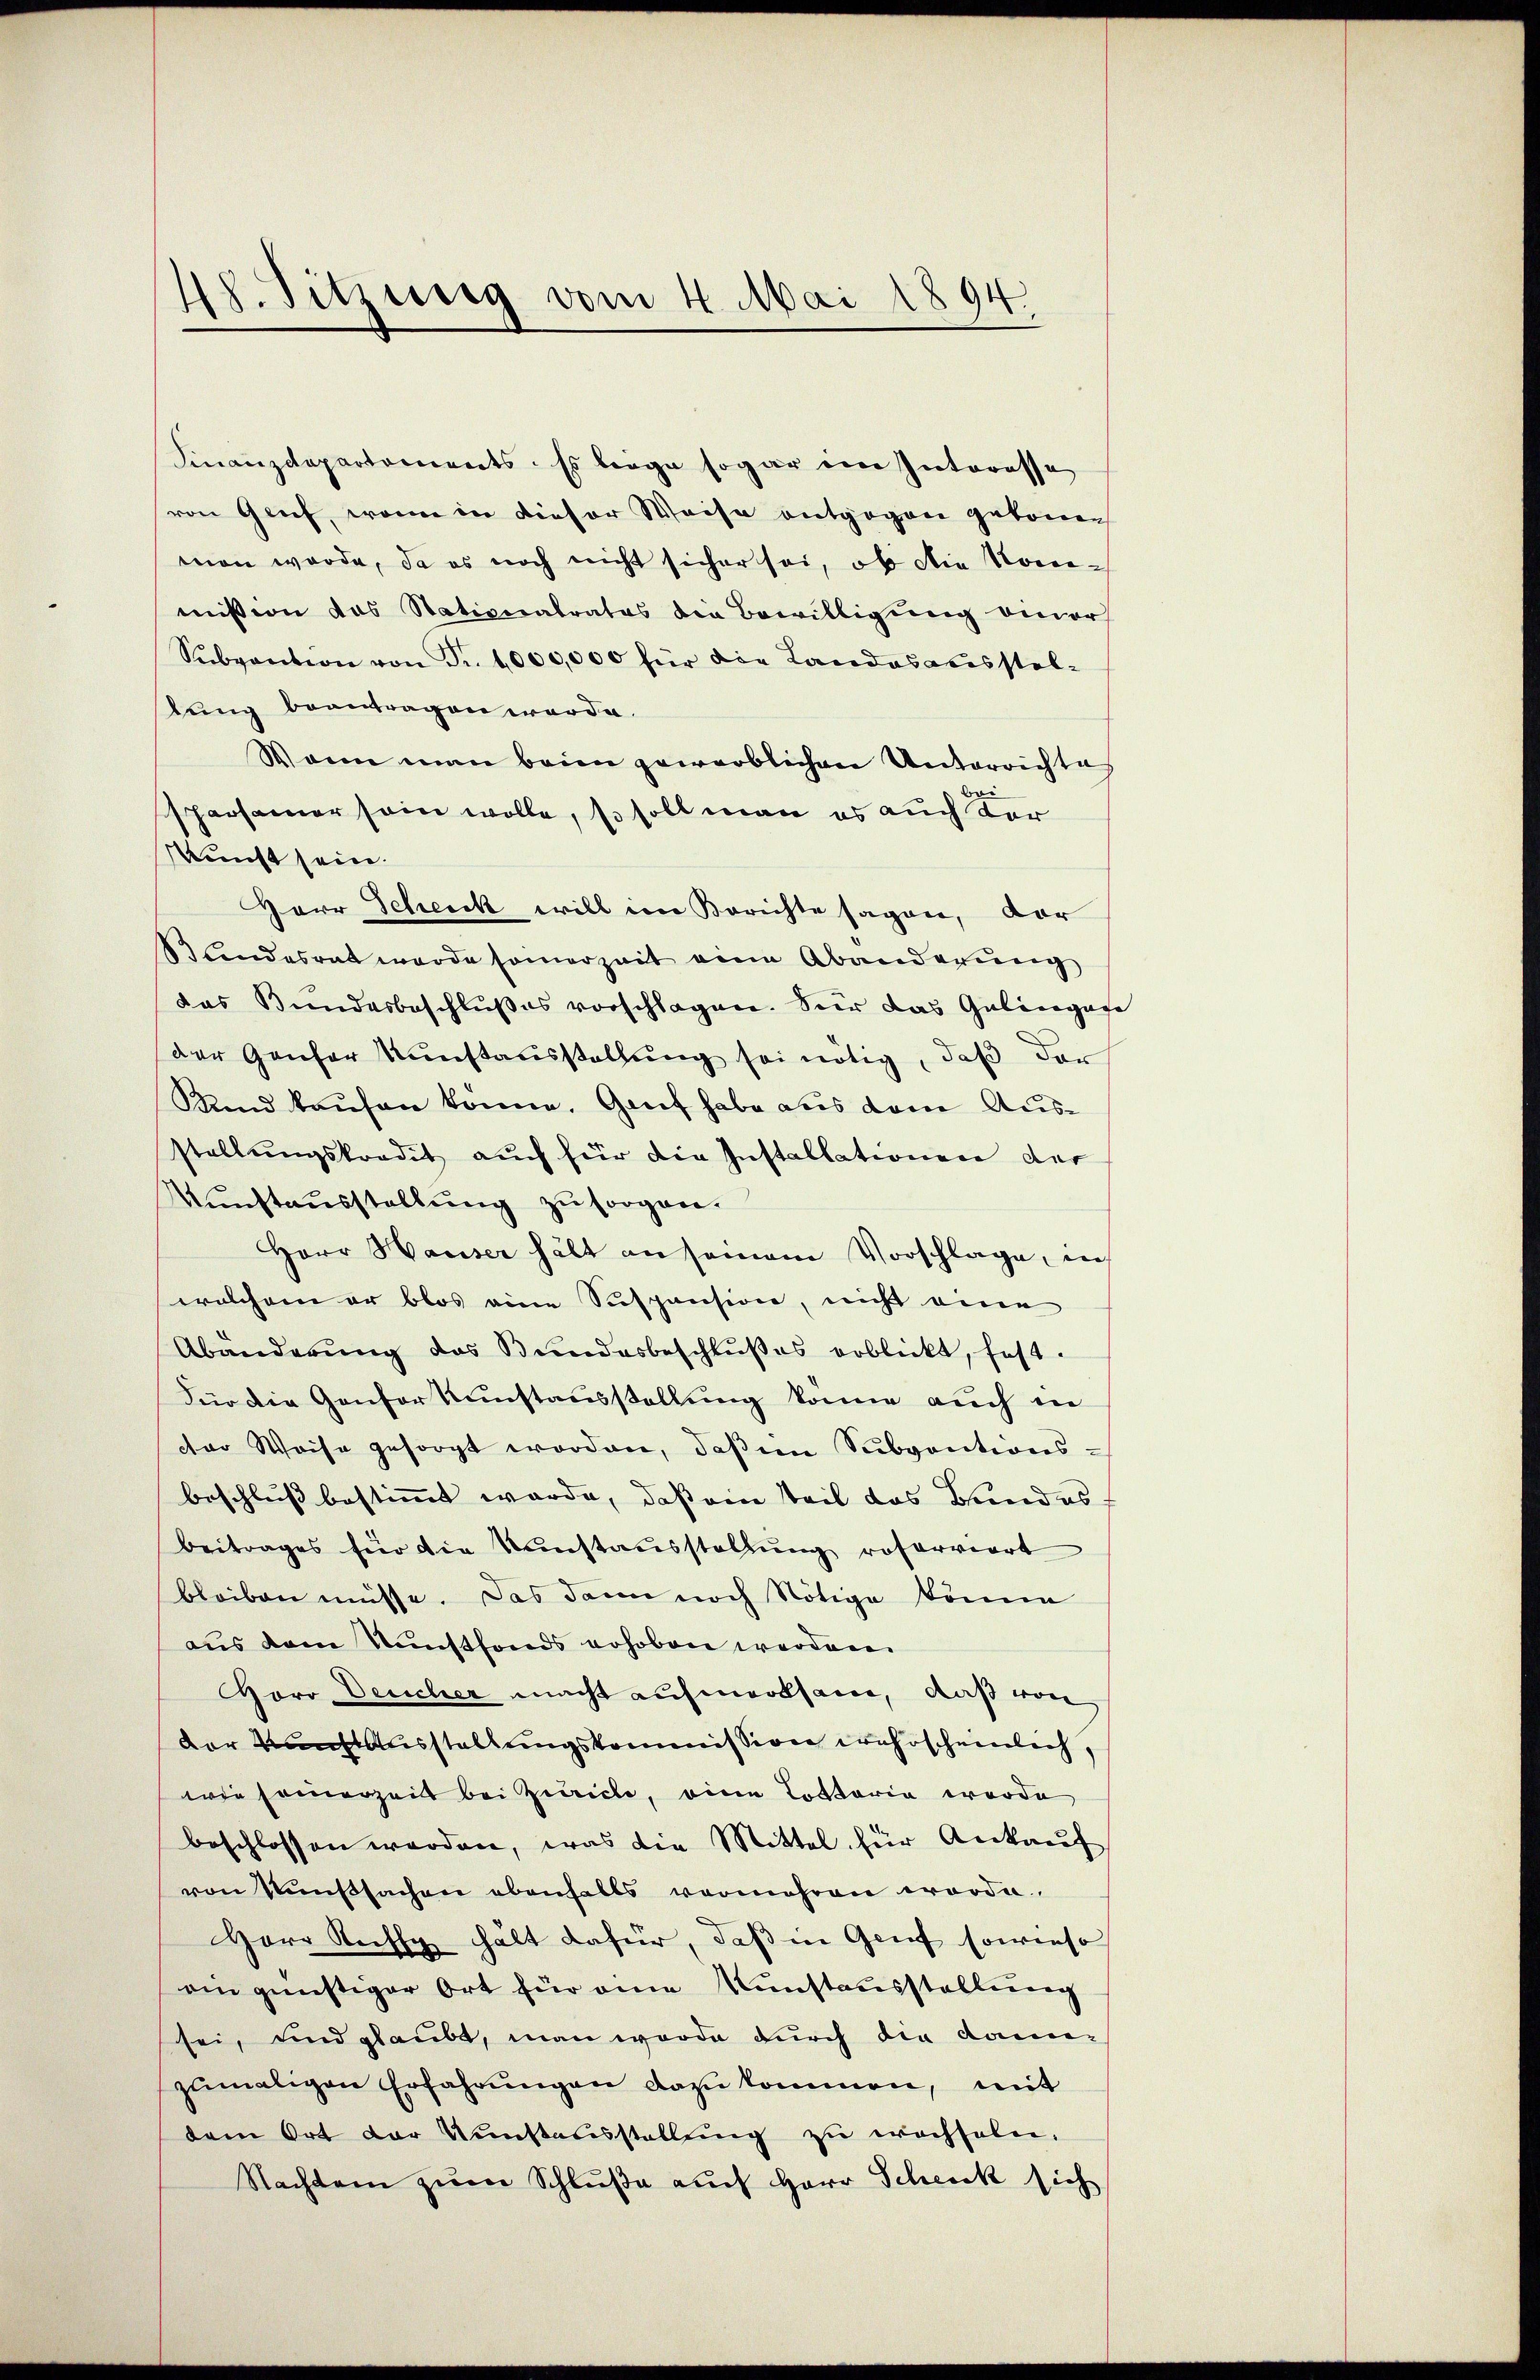
48. Sitzung vom 4. Mai 1894.

Finanzdepartoniants. Es beige sogar ein Interesse
von Geif, wenn in dieser Weise entgegen getonen
man werde, da es noch nicht sicher sei, ob die Kommission das Stationalrates die Bewilligung viever
Sŭbvention von Fr. 1000,000 für die Landesausstellung beantragen werde.
Wann man beim gewerblichen Unterrichtig
Bei
sparsamer sein wolle, so soll man es auch der
kunst sein.
Herr Scheick will im Berichte sagen, der
2 Landesrat wurde samerzeit eine Abänderung
das Bundesbeschlußes vorschlagen. Seir das Gelingege
der Genfer Kunstaŭsstellŭng sei nötig, daß der
Rund kaufen könne. Genf habe aus dem Ausstellungskredit auch für die Installationen der
Kunstausstellung zu sorgen.
Herr Hauser hält an seinem Vorschlage, in
welchem er blos eine Suspension, nicht eine
Abänderung das Bundesbeschlußes erblickt, fest.
Für die Genfor Kunstausstellung könne auch in
dter Weise gesorgt worden, daß ein Subventionsbeschluß bestimmt wurde, daß ein teil das Bundes
beitrages für die Kunstausstellŭng reserviert
bleiben müsse. Das dann noch Nötige könne
aus dem Kunstfonds erhoben werden
Horo Deucher macht aufmerksam, daß von
der Kunst Ausstellungskommission wahrscheinlich,
wie seinerzeit bei Zürich, eine Tottaria werde
beschlossen werden, was die Mittel für Ankauf
von Kunstsachen ebenfalls vermehren worden.
Herr Ruffy hält dafür, daß in Genf sowieso
ein günstiger Ort für eine Kunstausstellung
sei, und glaubt, man werde durch die kannzumaligen Erfahrungen dazu kommen, mit
dem Ort der Kunstausstellung zu wachseln.
Nachtem zum Schluße auch Herr Schenk sich